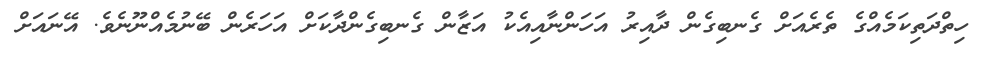
ހިތްދަތިކަމެއްގެ ތެރެއަށް ގެނބިގެން ދާއިރު އަހަންނާއިއެކު އަޒާން ގެނބިގެންދާކަށް އަހަރެން ބޭނުމެއްނޫނެވެ. އޭނައަށް